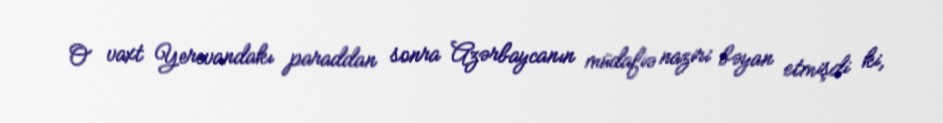
O vaxt Yerevandakı paraddan sonra Azərbaycanın müdafiə naziri bəyan etmişdi ki,